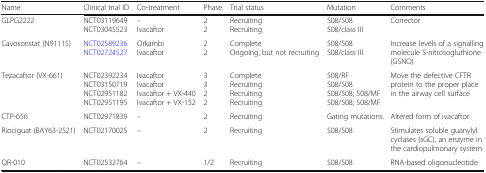
<table><thead><tr><td><b>Name</b></td><td><b>Clinical trial ID</b></td><td><b>Co-treatment</b></td><td><b>Phase</b></td><td><b>Trial status</b></td><td><b>Mutation</b></td><td><b>Comments</b></td></tr></thead><tbody><tr><td>GLPG2222</td><td>NCT03119649NCT03045523</td><td>–Ivacaftor</td><td>22</td><td>RecruitingRecruiting</td><td>508/508508/class III</td><td>Corrector</td></tr><tr><td>Cavosonstat (N91115)</td><td>NCT02589236NCT02724527</td><td>OrkambiIvacaftor</td><td>22</td><td>CompleteOngoing, but not recruiting</td><td>508/508508/class III</td><td>Increase levels of a signalling molecule S-nitrosogluthione (GSNO)</td></tr><tr><td>Tezacaftor (VX-661)</td><td>NCT02392234NCT03150719NCT02951182NCT02951195</td><td>IvacaftorIvacaftorIvacaftor + VX-440Ivacaftor + VX-152</td><td>3322</td><td>CompleteRecruitingRecruitingRecruiting</td><td>508/RF508/508508/508; 508/MF508/508; 508/MF</td><td>Move the defective CFTR protein to the proper place in the airway cell surface</td></tr><tr><td>CTP-656</td><td>NCT02971839</td><td>–</td><td>2</td><td>Recruiting</td><td>Gating mutations</td><td>Altered form of ivacaftor</td></tr><tr><td>Riociguat (BAY63-2521)</td><td>NCT02170025</td><td>–</td><td>2</td><td>Recruiting</td><td>508/508</td><td>Stimulates soluble guanylyl cyclases (sGC), an enzyme in the cardiopulmonary system</td></tr><tr><td>QR-010</td><td>NCT02532764</td><td>–</td><td>1/2</td><td>Recruiting</td><td>508/508</td><td>RNA-based oligonucleotide</td></tr></tbody></table>